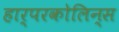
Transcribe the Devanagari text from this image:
हार्परकोलिन्स